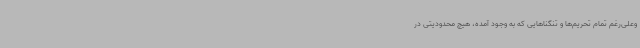
وعلی‌رغم تمام تحریم‌ها و تنگناهایی که به وجود آمده، هیچ محدودیتی در